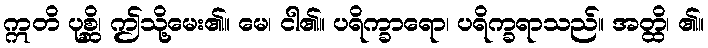
ဣတိ ပုစ္ဆိ၊ ဤသို့မေး၏။ မေ၊ ငါ၏။ ပရိက္ခာရော၊ ပရိက္ခရာသည်။ အတ္ထိ၊ ၏။